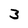
Character: 3